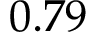
0 . 7 9